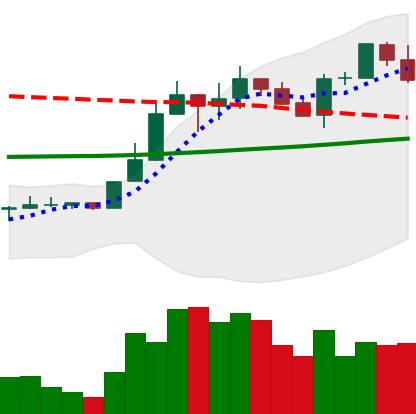
Ticker: LINK-USD
Chart end date: 2020-04-20
Forward return: 9.969%
Label: up_7plus